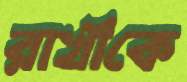
রাখীকে